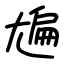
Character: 㞈